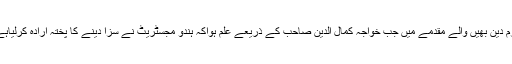
کرم دین بھیں والے مقدمے میں جب خواجہ کمال الدین صاحب کے ذریعے علم ہواکہ ہندو مجسٹریٹ نے سزا دینے کا پختہ ارادہ کرلیاہے ۔